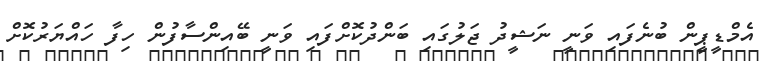
އެމްޑީޕީން ބުނެފައި ވަނީ ނަޝީދު ޖަލުގައި ބަންދުކޮށްފައި ވަނީ ބޭއިންސާފުން ހިފާ ހައްޔަރުކޮށް